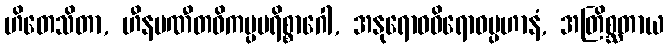
ဟိတေသိတာ, ဟီနပဏီတဝိကပ္ပပရိစ္စာဂေါ, အနုရောဓဝိရောဓပ္ပဟာနံ, အတြိစ္ဆတာယ